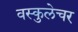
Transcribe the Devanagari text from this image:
वस्कुलेचर